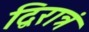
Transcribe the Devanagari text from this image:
द्विरात्रं